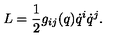
L = \frac { 1 } { 2 } g _ { i j } ( q ) \dot { q } ^ { i } \dot { q } ^ { j } .